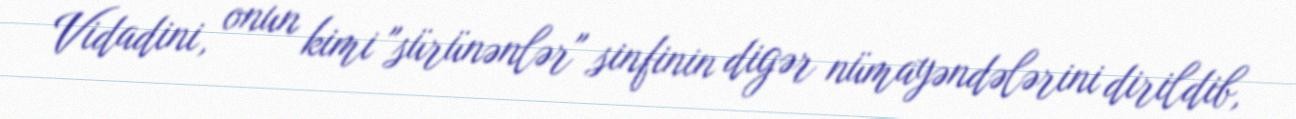
Vidadini, onun kimi "sürünənlər" sinfinin digər nümayəndələrini dirildib,